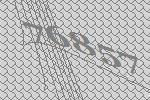
76857